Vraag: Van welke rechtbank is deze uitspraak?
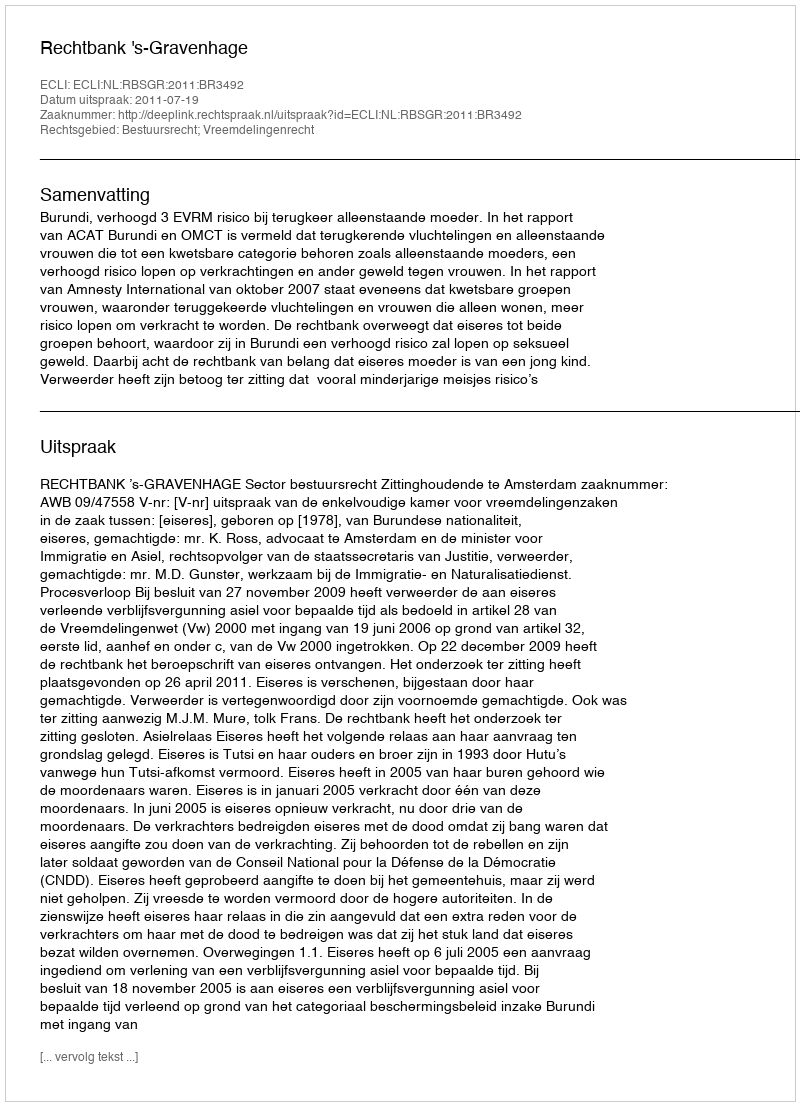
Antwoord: Rechtbank 's-Gravenhage